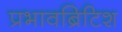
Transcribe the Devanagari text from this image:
प्रभावब्रिटिश